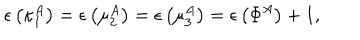
\epsilon \left( \kappa _ { 1 } ^ { A } \right) = \epsilon \left( \mu _ { 2 } ^ { A } \right) = \epsilon \left( \mu _ { 3 } ^ { A } \right) = \epsilon \left( \Phi ^ { A } \right) + 1 ,